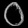
Digit: ၀